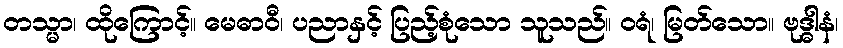
တသ္မာ၊ ထိုကြောင့်။ မေဓာဝီ၊ ပညာနှင့် ပြည့်စုံသော သူသည်။ ဝရံ၊ မြတ်သော။ ဗုဒ္ဓါနံ၊